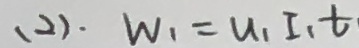
( 2 ) \cdot W _ { 1 } = u _ { 1 } I _ { 1 } t